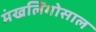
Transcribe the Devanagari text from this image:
मंखलिगोसाल